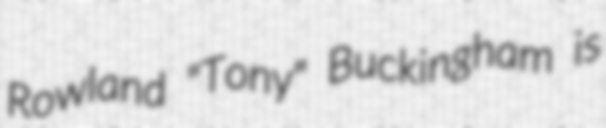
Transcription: Rowland "Tony" Buckingham is